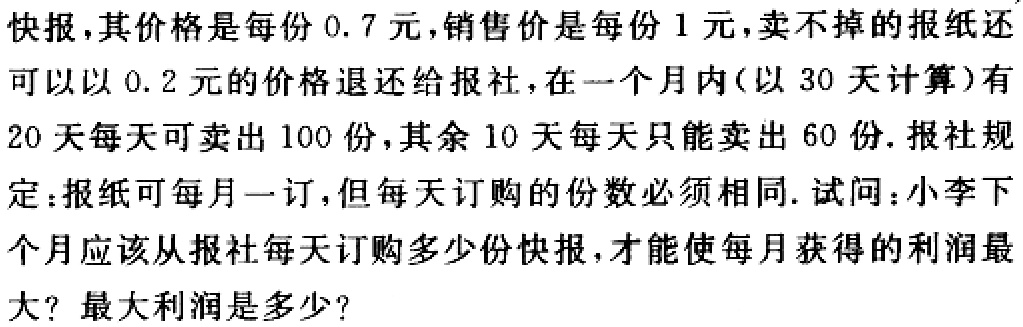
快报，其价格是每份 \(0.7\) 元，销售价是每份 \(1\) 元，卖不掉的报纸还可以以 \(0.2\) 元的价格退还给报社，在一个月内（以 \(30\) 天计算）有 \(20\) 天每天可卖出 \(100\) 份，其余 \(10\) 天每天只能卖出 \(60\) 份. 报社规定：报纸可每月一订，但每天订购的份数必须相同. 试问：小李下个月应该从报社每天订购多少份快报，才能使每月获得的利润最大？最大利润是多少？